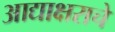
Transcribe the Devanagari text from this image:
आद्याक्षराचे